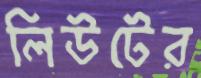
লিউটের